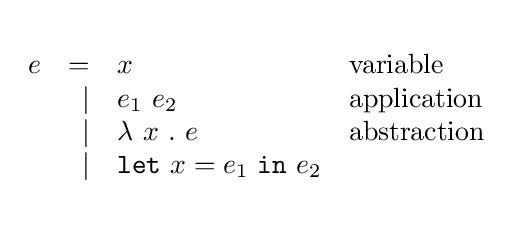
{\begin{array}{lrll}\\e&=&x&{\textrm {variable}}\\&\vert &e_{1}\ e_{2}&{\textrm {application}}\\&\vert &\lambda \ x\ .\ e&{\textrm {abstraction}}\\&\vert &{\mathtt {let}}\ x=e_{1}\ {\mathtt {in}}\ e_{2}&\\\\\end{array}}